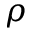
\rho